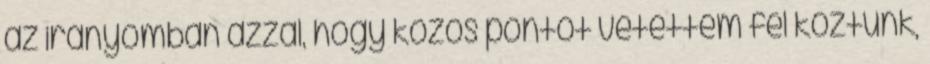
az irányomban azzal, hogy közös pontot vetettem fel köztünk,